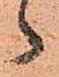
々